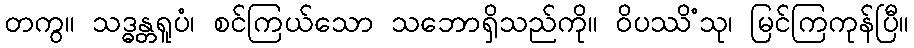
တကွ။ သဒ္ဓန္တရူပံ၊ စင်ကြယ်သော သဘောရှိသည်ကို။ ဝိပဿိံသု၊ မြင်ကြကုန်ပြီ။